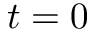
t = 0